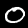
Label: 0